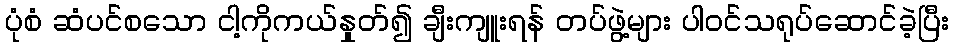
ပုံစံ ဆံပင်စသော ငါ့ကိုကယ်နှုတ်၍ ချီးကျူးရန် တပ်ဖွဲ့များ ပါဝင်သရုပ်ဆောင်ခဲ့ပြီး